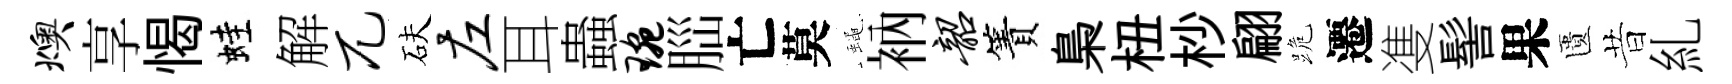
燠享愒蛙解兀砆左耳蟲琬𦛁亡莫蠅衲韶簀梟杻杪翩跪遷㕠髻果匱昔糺